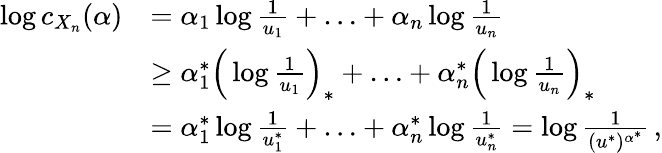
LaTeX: \begin{array}{rl}{\log c_{X_{n}}(\alpha)}&{=\alpha_{1}\log\frac{1}{u_{1}}+\ldots+\alpha_{n}\log\frac{1}{u_{n}}}\\ &{\geq\alpha_{1}^{*}\Big(\log\frac{1}{u_{1}}\Big)_{*}+\ldots+\alpha_{n}^{*}\Big(\log\frac{1}{u_{n}}\Big)_{*}}\\ &{=\alpha_{1}^{*}\log\frac{1}{u_{1}^{*}}+\ldots+\alpha_{n}^{*}\log\frac{1}{u_{n}^{*}}=\log\frac{1}{(u^{*})^{\alpha^{*}}}\, ,}\end{array}